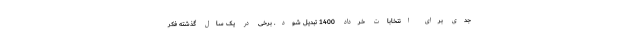
جدی برای انتخابات خرداد 1400 تبدیل شود. برخی در یک سال گذشته فکر